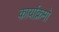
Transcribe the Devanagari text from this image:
कार्याक्रमो